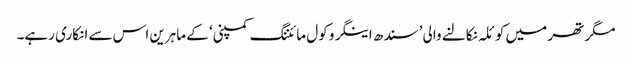
مگر تھر میں کوئلہ نکالنے والی ’سندھ اینگرو کول مائننگ کمپنی‘ کے ماہرین اس سے انکاری رہے۔